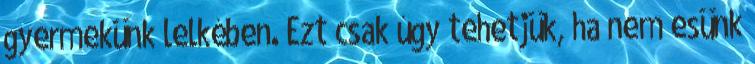
gyermekünk lelkében. Ezt csak úgy tehetjük, ha nem esünk